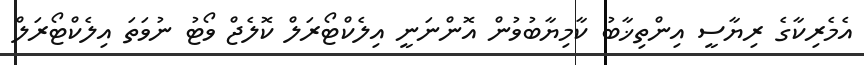
އެމެރިކާގެ ރިޔާސީ އިންތިޚާބު ކާމިޔާބުވުން އޮންނަނީ އިލެކްޓޯރަލް ކޮލެޖް ވޯޓު ނުވަތަ އިލެކްޓޯރަލް